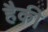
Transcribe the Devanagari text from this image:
हैकी